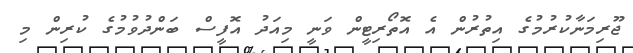
ޖޫރިމަނާކުރުމުގެ އިތުރުން އެ އޮތޯރިޓީން ވަނީ މިއަދު އޮފީސް ބަންދުވުމުގެ ކުރިން މި